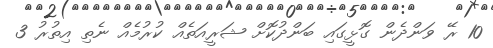
10 ރޭ ވަންދެން ގޮޅީގައި ބަންދުކޮށް ޝަރީއަތެއް ކުރުމެއް ނެތި އިތުރު 3